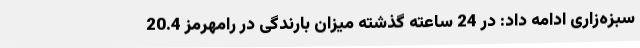
سبزه‌زاری ادامه داد: در 24 ساعته گذشته میزان بارندگی در رامهرمز 20.4